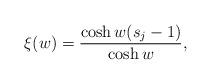
\begin{align*} \xi(w)=\frac{\cosh w(s_{j}-1)}{\cosh w}, \end{align*}